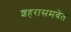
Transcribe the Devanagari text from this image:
शहरासमवेत